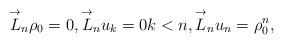
LaTeX: \begin{gather*}\overset{\rightarrow}{L}_n\rho_0=0,\overset{\rightarrow}{L}_n u_k=0k<n,\overset{\rightarrow}{L}_n u_n=\rho_0^n,\end{gather*}